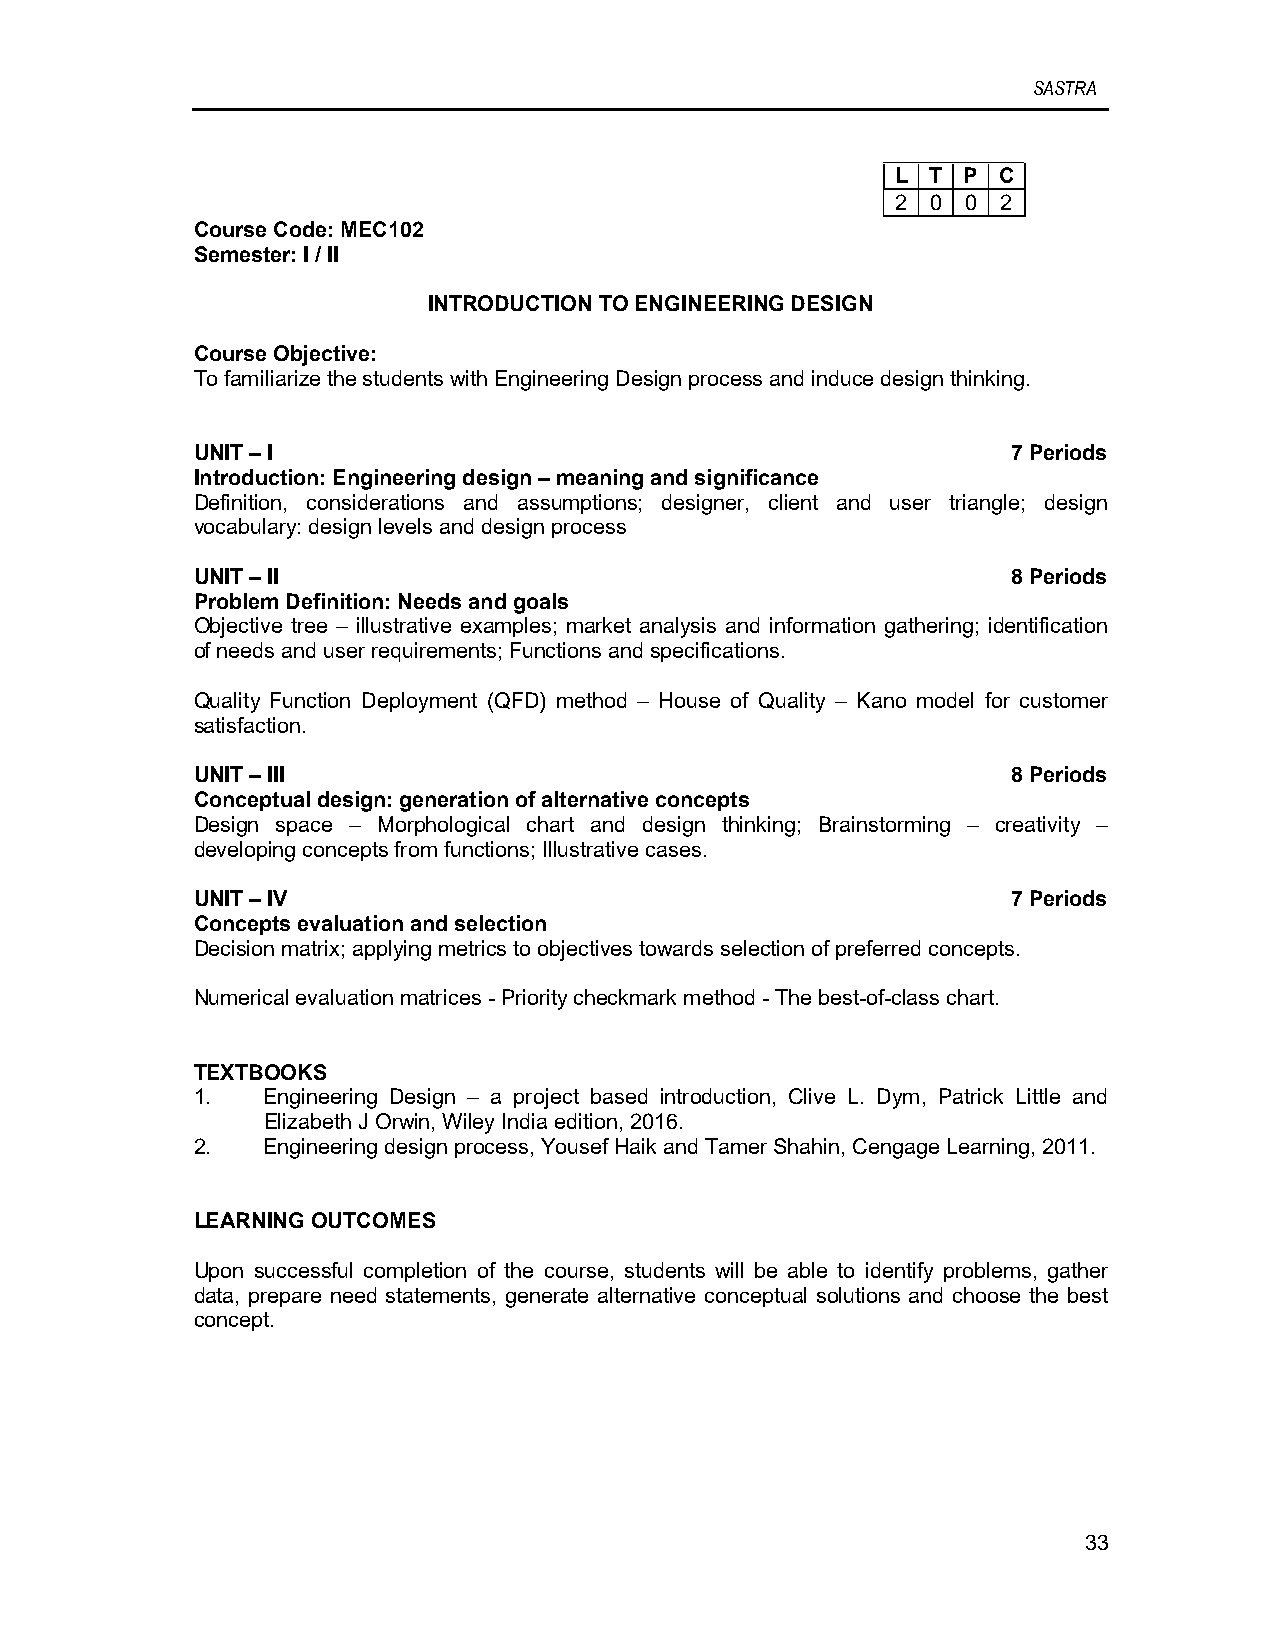
SASTRA
 L  T P C
 2  0 0 2
 Course Code: MEC102
 Semester: I / II
 INTRODUCTION TO ENGINEERING DESIGN
 Course Objective:
 To familiarize the students with Engineering Design process and induce design thinking.
 UNIT – I                                              7 Periods
 Introduction: Engineering design – meaning and significance
 Definition, considerations and assumptions; designer, client and user triangle; design
 vocabulary: design levels and design process
 UNIT – II                                             8 Periods
 Problem Definition: Needs and goals
 Objective tree – illustrative examples; market analysis and information gathering; identification
 of needs and user requirements; Functions and specifications.
 Quality Function Deployment (QFD) method – House of Quality – Kano model for customer
 satisfaction.
 UNIT – III                                            8 Periods
 Conceptual design: generation of alternative concepts
 Design space – Morphological chart and design thinking; Brainstorming – creativity –
 developing concepts from functions; Illustrative cases.
 UNIT – IV                                             7 Periods
 Concepts evaluation and selection
 Decision matrix; applying metrics to objectives towards selection of preferred concepts.
 Numerical evaluation matrices - Priority checkmark method - The best-of-class chart.
 TEXTBOOKS
 1.  Engineering Design – a project based introduction, Clive L. Dym, Patrick Little and
 Elizabeth J Orwin, Wiley India edition, 2016.
 2.  Engineering design process, Yousef Haik and Tamer Shahin, Cengage Learning, 2011.
 LEARNING OUTCOMES
 Upon successful completion of the course, students will be able to identify problems, gather
 data, prepare need statements, generate alternative conceptual solutions and choose the best
 concept.
 33